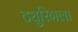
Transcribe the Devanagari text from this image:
ट्युरिंगला